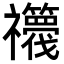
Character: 𮂫